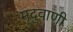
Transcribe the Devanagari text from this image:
मृदुवाणी